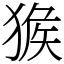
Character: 㺅